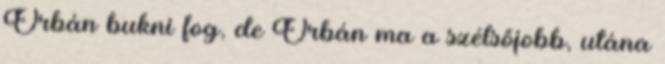
Orbán bukni fog, de Orbán ma a szélsőjobb, utána